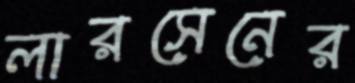
লারসেনের